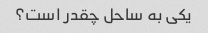
یکی به ساحل چقدر است؟